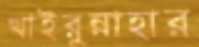
খাইরুন্নাহার